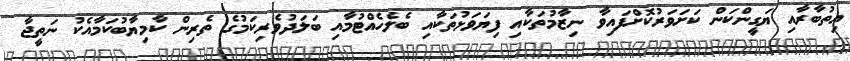
އިތުބާރާއި ޔަގީންކަން ކަށަވަރުކޮށްފައިވާ ނިޒާމުތަކާއި ފިޔަވަޅުތަކާއި ބެލެހެއްޓުމާއި ބަލަދުވެރިކަމުގެ ތެރިން ކާމިޔާބުކަމާއެކު ނަތީޖާ